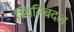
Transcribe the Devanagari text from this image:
स्थितिबदल